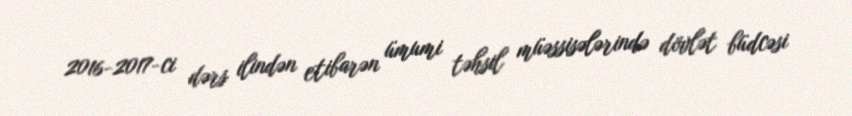
2016-2017-ci dərs ilindən etibarən ümumi təhsil müəssisələrində dövlət büdcəsi